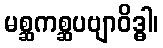
မစ္ဆကစ္ဆပဗျာဝိဒ္ဓါ၊